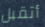
أتقبل